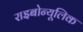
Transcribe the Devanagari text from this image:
राइबोन्यूलिक